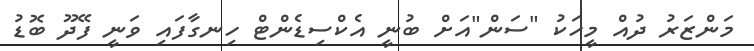
މަންޒަރު ދުއް މީހަކު "ސަން"އަށް ބުނީ އެކްސިޑެންޓް ހިނގާފައި ވަނީ ފޭދޫ ބޮޑު